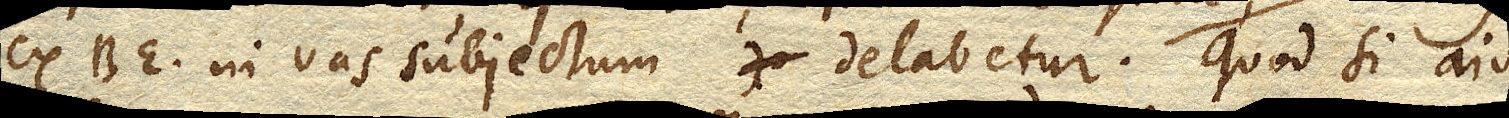
ex BE. in vas subjectum delabetur. Quod si ais